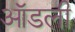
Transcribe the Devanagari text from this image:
ऑडली